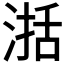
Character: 𣸅